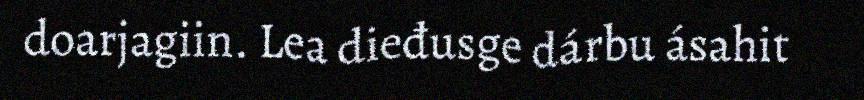
doarjagiin. Lea dieđusge dárbu ásahit